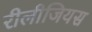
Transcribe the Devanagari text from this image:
रीलीजियस